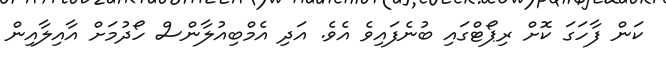
ކަން ފާހަގަ ކޮށް ރިޕޯޓްގައި ބުނެފައިވެ އެވެ. އަދި އެމްބިއުލާންސް ހޯދުމަށް އާއިލާއިން